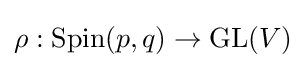
\rho :{\text{Spin}}(p,q)\rightarrow {\text{GL}}(V)